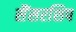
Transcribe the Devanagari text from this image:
सैंसरशिप